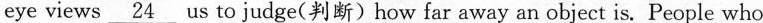
eye views \underline{24} us to judge(判断)how far away an object is. People who